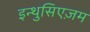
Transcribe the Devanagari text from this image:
इन्थुसिएज़म